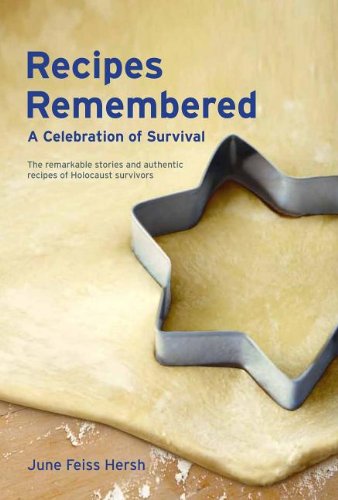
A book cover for Recipes Remembered: A Celebration of Survival; June Feiss Hersh; Cookbooks, Food & Wine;